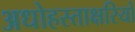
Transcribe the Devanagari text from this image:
अधोहस्ताक्षरियों